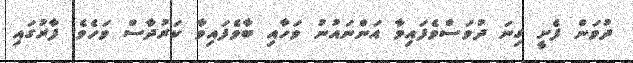
ދުވަން ފެށީ ގިނަ ދުވަސްވެފައިވާ އަންނައުނު ވަހާއި ބާވެފައިވާ ކަރުދާސް ވަހެވެ. ފާރުގައި